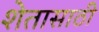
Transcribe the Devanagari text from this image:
शेतासाठी